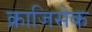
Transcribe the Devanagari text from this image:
क्राजिसेक